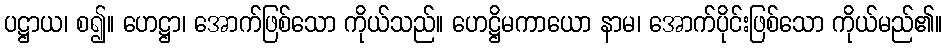
ပဋ္ဌာယ၊ စ၍။ ဟေဋ္ဌာ၊ အောက်ဖြစ်သော ကိုယ်သည်။ ဟေဋ္ဌိမကာယော နာမ၊ အောက်ပိုင်းဖြစ်သော ကိုယ်မည်၏။